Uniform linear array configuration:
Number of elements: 16
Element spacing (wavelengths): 0.25
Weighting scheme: cosine
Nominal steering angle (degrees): -45
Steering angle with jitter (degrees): -46.0
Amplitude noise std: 0.05
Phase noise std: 0.05

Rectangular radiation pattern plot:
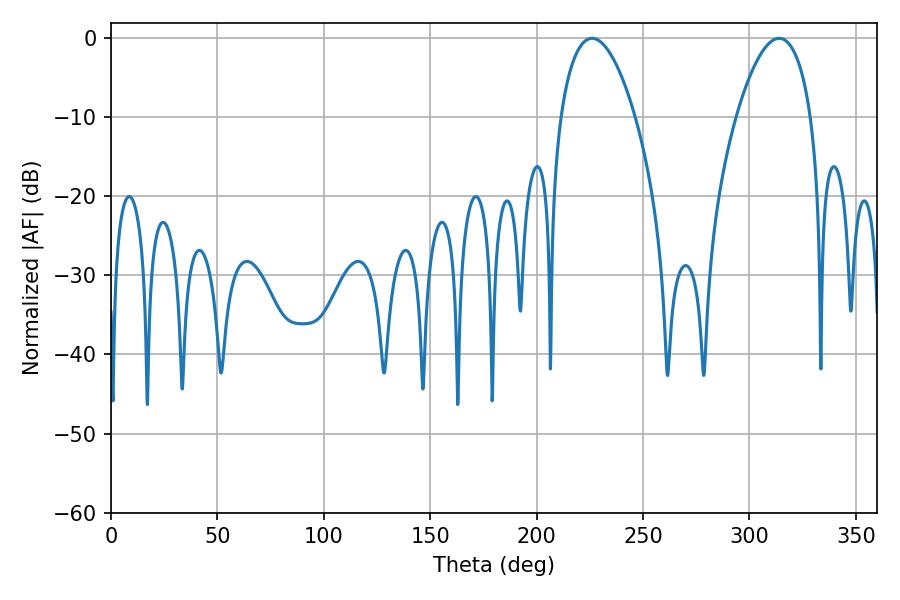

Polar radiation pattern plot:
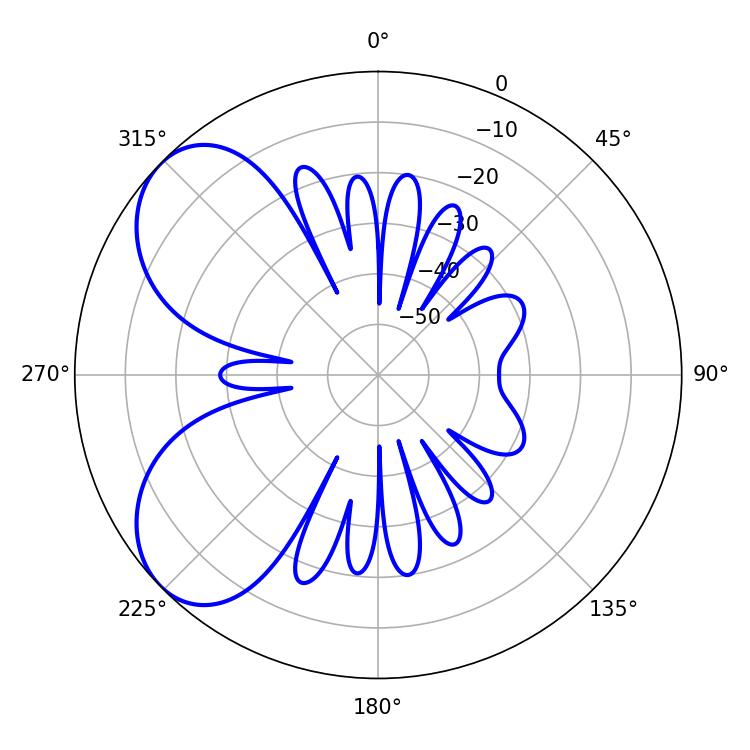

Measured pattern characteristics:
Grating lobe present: FALSE
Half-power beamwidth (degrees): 19.62
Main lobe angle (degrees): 226.08